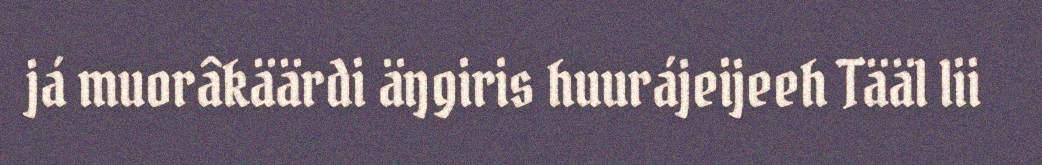
já muorâkäärdi äŋgiris huurájeijeeh Tääl lii